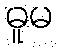
ဓူမ